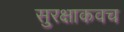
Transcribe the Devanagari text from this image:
सुरक्षाकवच